Indian journal of veterinary science and animal husbandry - Volume 13,
Year: 1943
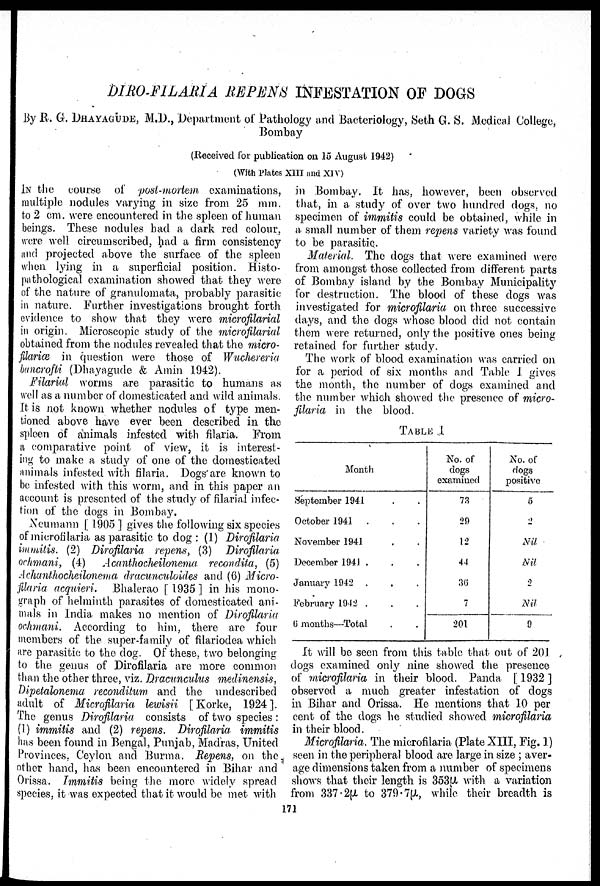
DIRO-FILARIA REPENS INFESTATION OF DOGS
By R. G. DHAYAGUDE, M.D., Department of Pathology and Bacteriology, Seth G. S. Medical College,
Bombay
(Received for publication on 15 August 1942)
(With Plates XIII and XIV)
IN the course of post-mortem examinations,
multiple nodules varying in size from 25 mm.
to 2 cm. were encountered in the spleen of human
beings. These nodules had a dark red colour,
were well circumscribed, had a firm consistency
and projected above the surface of the spleen
when lying in a superficial position. Histo-
pathological examination showed that they were
of the nature of granulomata, probably parasitic
in nature. Further investigations brought forth
evidence to show that they were microfilarial
in origin. Microscopic study of the microfilarial
obtained from the nodules revealed that the micro-
filarice in question were those of Wuchereria
bancrofti (Dhayagude & Amin 1942).
Filarial worms are parasitic to humans as
well as a number of domesticated and wild animals.
It is not known whether nodules of type men-
tioned above have ever been described in the
spleen of animals infested with filaria. From
a comparative point of view, it is interest-
ing to make a study of one of the domesticated
animals infested with filaria. Dogs are known to
be infested with this worm, and in this paper an
account is presented of the study of filarial infec-
tion of the dogs in Bombay.
Neumann [ 1905 ] gives the following six species
of microfilaria as parasitic to dog: (1) Dirofilaria
immitis. (2) Dirofilaria repens, (3) Dirofilaria
ochmani, (4) Acanthocheilonema recondita, (5)
Achanthocheilonema dracunculoides and (6) Micro-
filaria acquieri. Bhalerao [ 1935 ] in his mono-
graph of helminth parasites of domesticated ani-
mals in India makes no mention of Dirofilaria
ochmani. According to him, there are four
members of the super-family of filariodea which
are parasitic to the dog. Of these, two belonging
to the genus of Dirofilaria are more common
than the other three, viz. Dracunculus medinensis,
Dipetalonema reconditum and the undescribed
adult of Microfilaria lewisii [ Korke, 1924 ].
The genus Dirofilaria consists of two species:
(1) immitis and (2) repens. Dirofilaria immitis
has been found in Bengal, Punjab, Madras, United
Provinces, Ceylon and Burma. Repens, on the
other hand, has been encountered in Bihar and
Orissa. Immitis being the more widely spread
species, it was expected that it would be met with
in Bombay. It has, however, been observed
that, in a study of over two hundred dogs, no
specimen of immitis could be obtained, while in
a small number of them repens variety was found
to be parasitic.
Material. The dogs that were examined were
from amongst those collected from different parts
of Bombay island by the Bombay Municipality
for destruction. The blood of these dogs was
investigated for microfilaria on three successive
days, and the dogs whose blood did not contain
them were returned, only the positive ones being
retained for further study.
The work of blood examination was carried on.
for a period of six months and Table I gives
the month, the number of dogs examined and
the number which showed the presence of micro-
filaria in the blood.
TABLE I
Month
September 1941 . .
October 1941 . . .
November 1941 . .
December 1941 . . .
January 1942 . . .
February 1942 . . .
6 months—Total . .
No. of
dogs
examined
73
29
12
44
36
7
201
No. of
dogs
positive
5
2
Nil
Nil
2
Nil
9
It will be seen from this table that out of 201
dogs examined only nine showed the presence
of microfilaria in their blood. Panda [ 1932 ]
observed a much greater infestation of dogs
in Bihar and Orissa. He mentions that 10 per
cent of the dogs he studied showed microfilaria
in their blood.
Microfilaria. The microfilaria (Plate XIII, Fig. 1)
seen in the peripheral blood are large in size; aver-
age dimensions taken from a number of specimens
shows that their length is 353µ with a variation
from 337.2µ to 379.7µ, while their breadth is
171